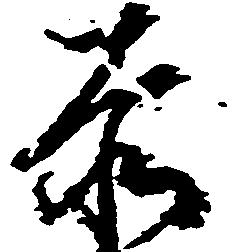
赤